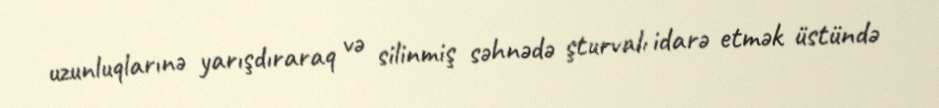
uzunluqlarınə yarışdıraraq və silinmiş səhnədə şturvalı idarə etmək üstündə